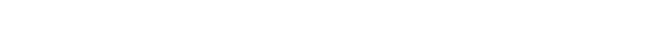
ရှင်သာရိပုတ္တရာကို အဘိဓမ္မာတရား အကျဉ်းချုပ်ပြီး ဟောခဲ့တာ၊ ရှင်သာရိပုတ္တရာ ဆိုတာက